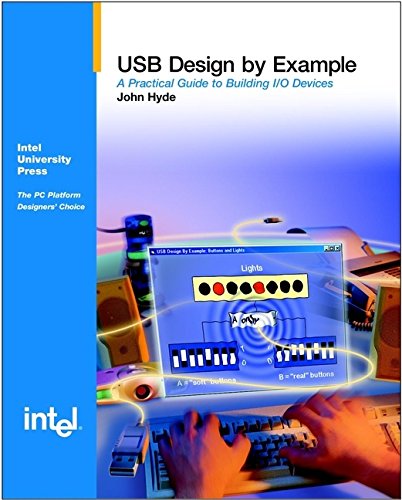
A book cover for USB Design by Example: A Practical Guide to Building I/O Devices; John Hyde; Computers & Technology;